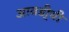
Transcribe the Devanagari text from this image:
आवडी्ची